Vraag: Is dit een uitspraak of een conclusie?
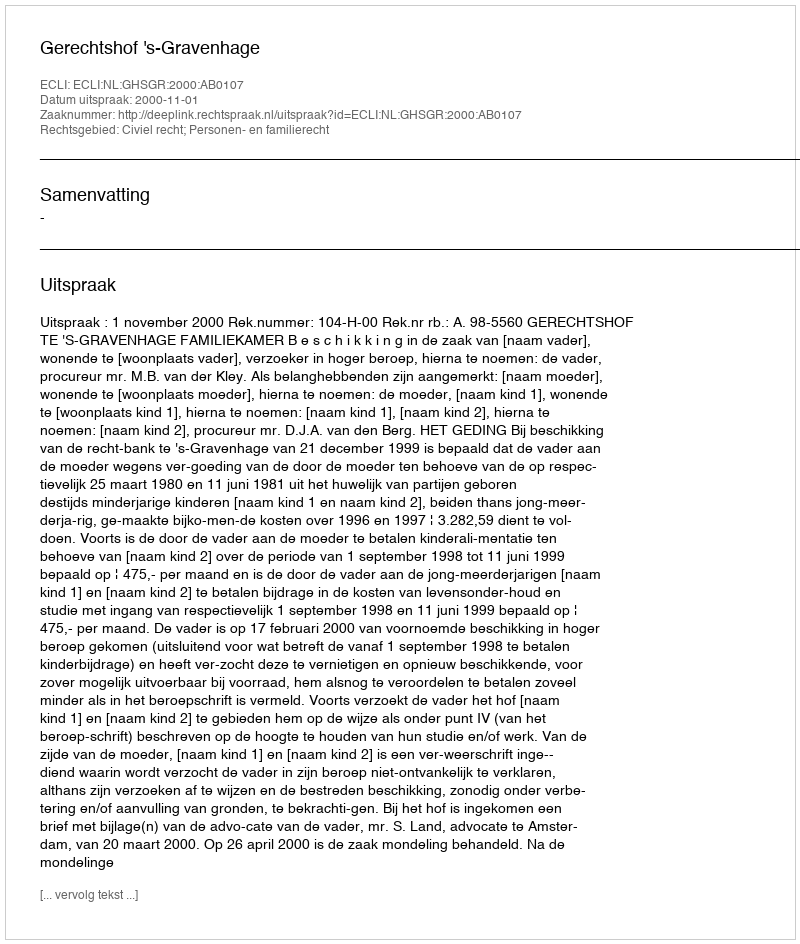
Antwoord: Uitspraak